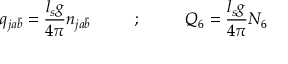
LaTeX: q _ { j a \bar { b } } = { \frac { l _ { s } g } { 4 \pi } } n _ { j a \bar { b } } ~ ~ ~ ~ ~ ~ ~ ~ ; ~ ~ ~ ~ ~ ~ ~ ~ Q _ { 6 } = { \frac { l _ { s } g } { 4 \pi } } N _ { 6 }